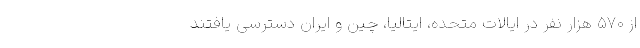
از ۵۷۰ هزار نفر در ایالات متحده، ایتالیا، چین و ایران دسترسی یافتند